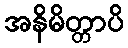
အနိမိတ္တာပိ